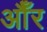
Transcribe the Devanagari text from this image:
औँर